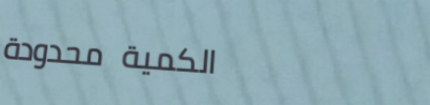
الكمية محدودة